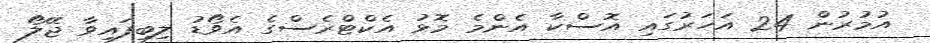
އުމުރުން 24 އަހަރުގައި އޮސްކާ އެންމެ މޮޅު އެކްޓްރެސްގެ އެވޯޑު ލިބިފައިވާ ޖޭލޯ